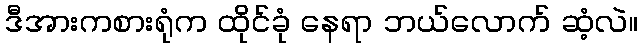
ဒီအားကစားရုံက ထိုင်ခုံ နေရာ ဘယ်လောက် ဆံ့လဲ။